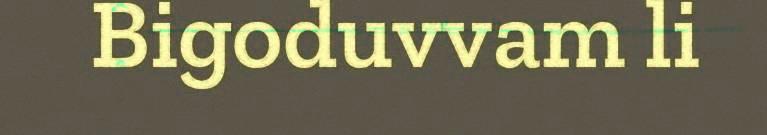
Bigoduvvam li